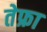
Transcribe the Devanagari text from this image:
तेफ्रा